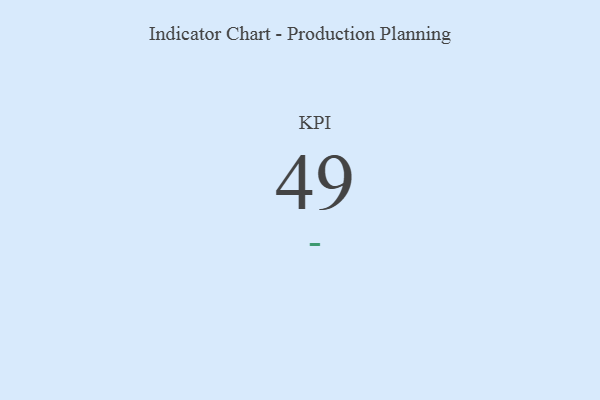
{"axis": {"x": "KPI", "y": "Value"}, "legend": [""], "data": [{"x": "KPI", "y": 49, "type": ""}]}